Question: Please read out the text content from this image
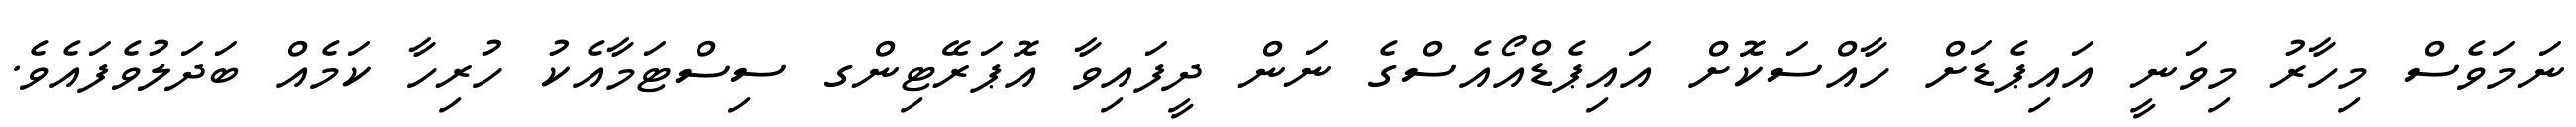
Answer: ނަމަވެސް މިހާރު މިވަނީ އައިޕެޑަށް ހާއްސަކޮށް އައިޕެޑްއޯއެސްގެ ނަން ދީފައިވާ އޮޕަރޭޓިންގ ސިސްޓަމާއެކު ހުރިހާ ކަމެއް ބަދަލުވެފައެވެ.